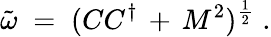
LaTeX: {\tilde{\omega}}\; =\; (CC^{\dagger}\, +\, M^{2})^{\frac{1}{2}}\; .